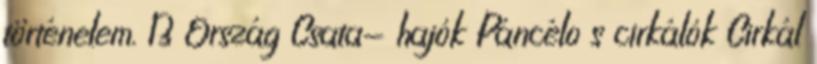
történelem. 13 Ország Csata- hajók Páncélo s cirkálók Cirkál